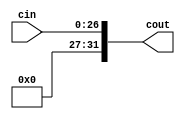
module no_sign_extend5(cin, cout);
	input [26:0] cin;
	output [31:0] cout;
	
	genvar i;
	generate
	for(i = 0; i <= 26; i=i+1)
		begin: copy1
			assign cout[i] = cin[i];
		end
		
	for(i = 27; i < 32; i=i+1)
		begin: copy2
			assign cout[i] = 1'b0;
		end
	endgenerate
	
endmodule